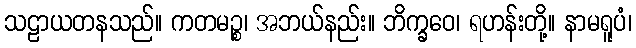
သဠာယတနသည်။ ကတမဉ္စ၊ အဘယ်နည်း။ ဘိက္ခဝေ၊ ရဟန်းတို့။ နာမရူပံ၊